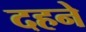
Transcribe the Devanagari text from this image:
दहने